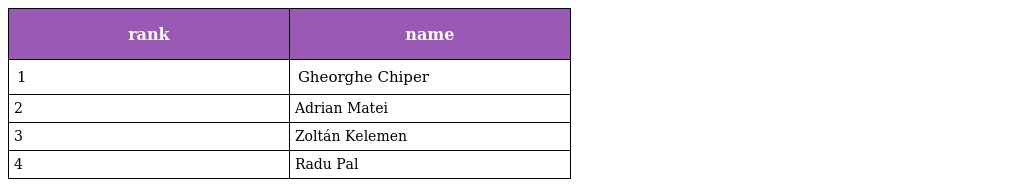
| rank | name |
 | --- | --- |
 | 1 | Gheorghe Chiper |
 | 2 | Adrian Matei |
 | 3 | Zoltán Kelemen |
 | 4 | Radu Pal |